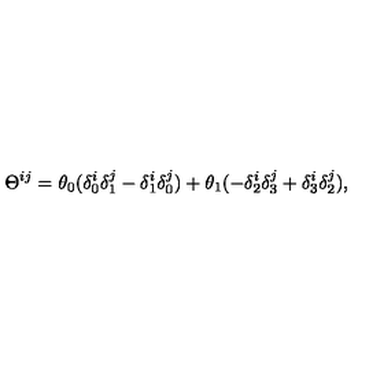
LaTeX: \Theta ^ { i j } = \theta _ { 0 } ( \delta _ { 0 } ^ { i } \delta _ { 1 } ^ { j } - \delta _ { 1 } ^ { i } \delta _ { 0 } ^ { j } ) + \theta _ { 1 } ( - \delta _ { 2 } ^ { i } \delta _ { 3 } ^ { j } + \delta _ { 3 } ^ { i } \delta _ { 2 } ^ { j } ) ,